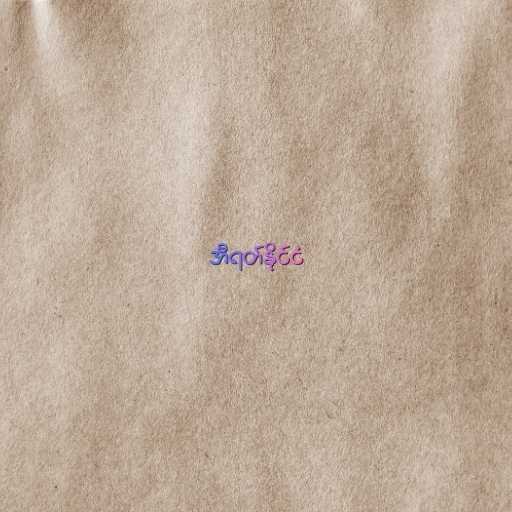
အီရတ်နိုင်ငံ